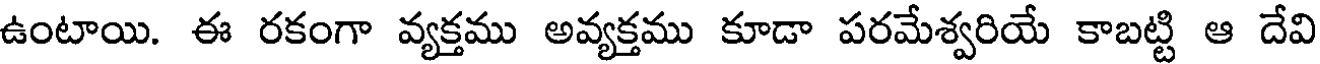
ఉంటాయి. ఈ రకంగా వ్యక్తము అవ్యక్తము కూడా పరమేశ్వరియే కాబట్టి ఆ దేవి